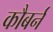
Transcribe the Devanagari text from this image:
कौबर्न